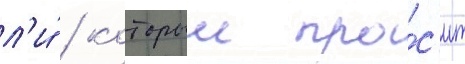
л'и́ / которыи про́с'ит